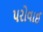
પરોવાઈ